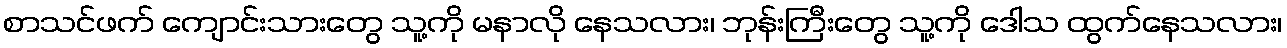
စာသင်ဖက် ကျောင်းသားတွေ သူ့ကို မနာလို နေသလား၊ ဘုန်းကြီးတွေ သူ့ကို ဒေါသ ထွက်နေသလား၊